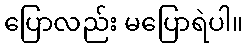
ပြောလည်း မပြောရဲပါ။